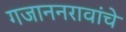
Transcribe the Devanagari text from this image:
गजाननरावांचे